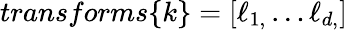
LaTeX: transforms\{ k\} =\left[\ell_{1,}\ldots\ell_{d,}\right]